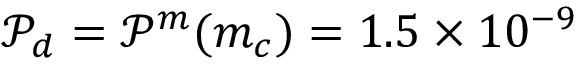
\mathcal { P } _ { d } = \mathcal { P } ^ { m } ( m _ { c } ) = 1 . 5 \times 1 0 ^ { - 9 }